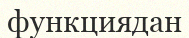
функциядан